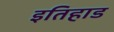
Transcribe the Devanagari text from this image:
इतिहाड